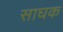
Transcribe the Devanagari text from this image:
साघक